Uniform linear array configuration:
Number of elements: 32
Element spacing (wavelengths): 0.5
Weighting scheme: binomial
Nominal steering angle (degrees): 15
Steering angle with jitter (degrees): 13.168
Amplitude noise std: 0.05
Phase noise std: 0.05

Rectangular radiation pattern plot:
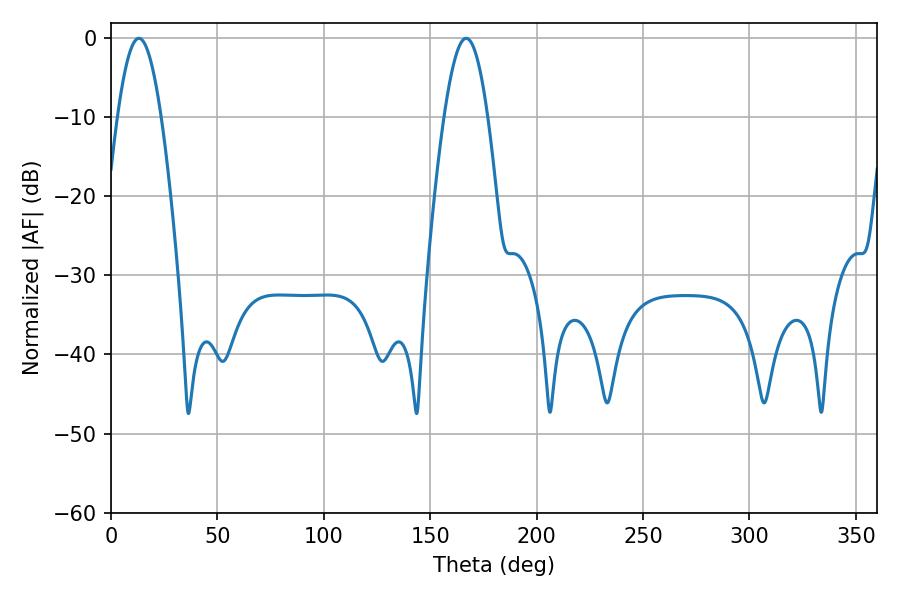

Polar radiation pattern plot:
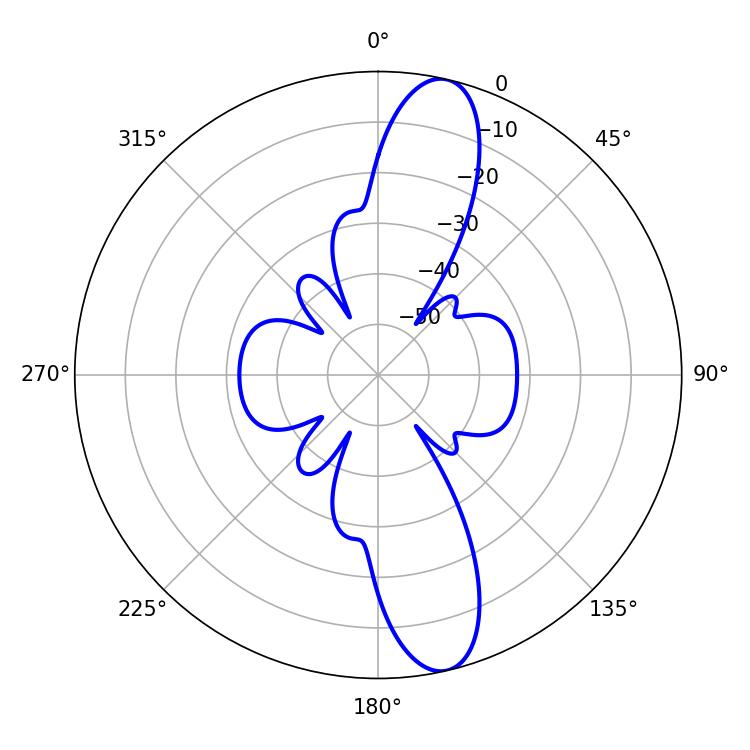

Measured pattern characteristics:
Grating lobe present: FALSE
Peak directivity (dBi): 13.211
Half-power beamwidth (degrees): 11.16
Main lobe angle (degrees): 166.86